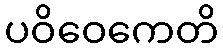
ပဝိဝေကေတိ